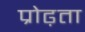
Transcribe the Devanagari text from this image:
प्रोढ़ता